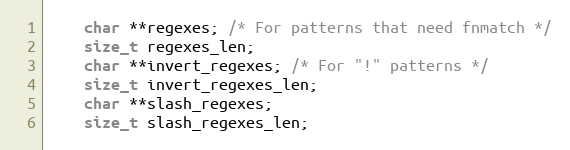
Language: C
    char **regexes; /* For patterns that need fnmatch */
    size_t regexes_len;
    char **invert_regexes; /* For "!" patterns */
    size_t invert_regexes_len;
    char **slash_regexes;
    size_t slash_regexes_len;